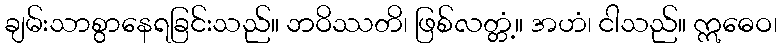
ချမ်းသာစွာနေရခြင်းသည်။ ဘဝိဿတိ၊ ဖြစ်လတ္တံ့။ အဟံ၊ ငါသည်။ ဣဓေဝ၊